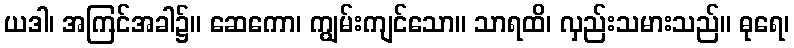
ယဒါ၊ အကြင်အခါ၌။ ဆေကော၊ ကျွမ်းကျင်သော။ သာရထိ၊ လှည်းသမားသည်။ ဓုရေ၊